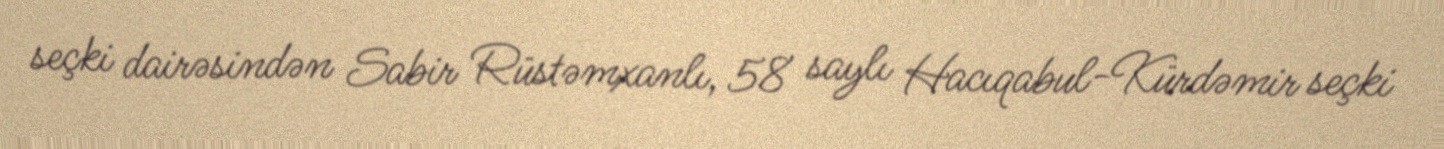
seçki dairəsindən Sabir Rüstəmxanlı, 58 saylı Hacıqabul-Kürdəmir seçki